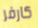
كارفر